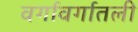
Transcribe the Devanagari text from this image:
वर्गावर्गातली